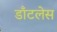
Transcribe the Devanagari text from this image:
डाँटलेस